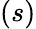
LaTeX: (s)